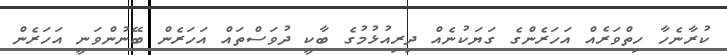
ކުރާނެހާ ހިތްވަރެއް އަހަރެންގެ ގަޔަކުނެއް ދިރިއުޅުމުގެ ބާކީ ދުވަސްތައް އަހަރެން ބޭނުންވަނީ އަހަރެން